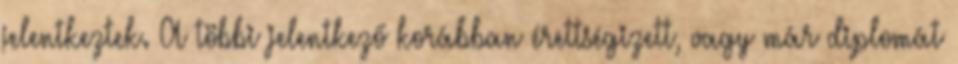
jelentkeztek. A többi jelentkező korábban érettségizett, vagy már diplomát